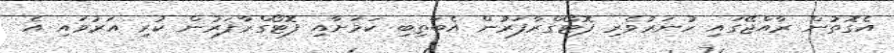
އެގޮތުން ރާއްޖޭގައި ހުނަރުވެރި ފޮޓޯގްރާފަރުން އެބަތިބި ކަމަށާއި ފޮޓޯގްރާފަރުން ކުރި އަރުވައި އެ